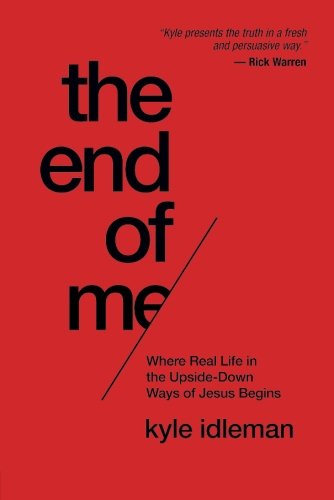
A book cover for The End of Me: Where Real Life in the Upside-Down Ways of Jesus Begins; Kyle Idleman; Christian Books & Bibles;